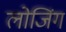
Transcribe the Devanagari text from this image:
लोजिंग